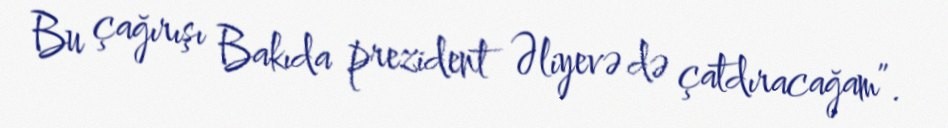
Bu çağırışı Bakıda prezident Əliyevə də çatdıracağam”.